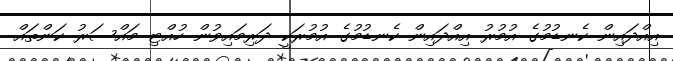
އިއްދައިން ކެނޑުމުގެ އުމުރު އިއްދައިން ކެނޑުމުގެ އުމުރަކީ ދަރިމައިވުން ހުއްޓި މައްސަރު ކަންތައް